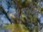
ચાલીની